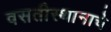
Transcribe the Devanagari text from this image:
वसतीस्थानाचे